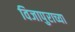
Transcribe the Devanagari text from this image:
विजापुराच्या